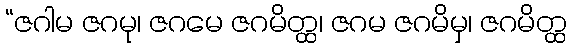
“ဇဂါမ ဇဂမု၊ ဇဂမေ ဇဂမိတ္ထ၊ ဇဂမ ဇဂမိမှ၊ ဇဂမိတ္ထ